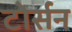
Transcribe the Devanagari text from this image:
टोर्सन